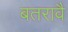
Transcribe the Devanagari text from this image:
बतरावै